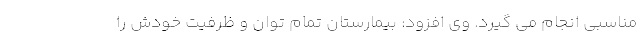
مناسبی انجام می گیرد. وی افزود: بیمارستان تمام توان و ظرفیت خودش را